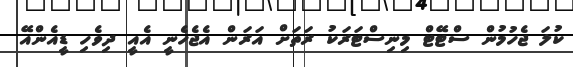
ކުލަ ޖެހުމުން ސްޓޭޓް މިނިސްޓަރަކު ރަތަށް އަރަން އެޖެހެނީ އެއީ ދިވެހި ޑީއެންއޭ